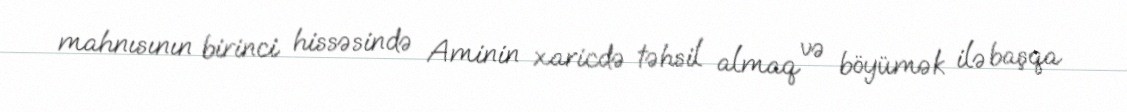
mahnısının birinci hissəsində Aminin xaricdə təhsil almaq və böyümək ilə başqa